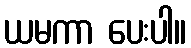
ယမကာ ပေးပါ။